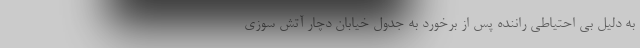
به دلیل بی احتیاطی راننده پس از برخورد به جدول خیابان دچار آتش سوزی